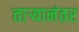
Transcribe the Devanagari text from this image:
ताऱ्यानंतर